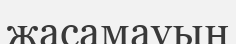
жасамауын